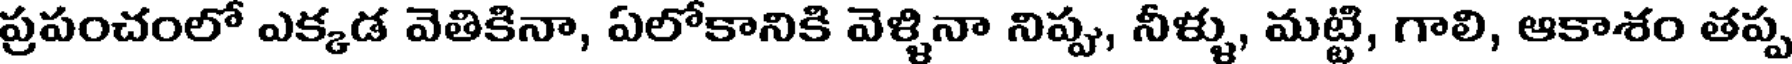
ప్రపంచంలో ఎక్కడ వెతికినా, ఏలోకానికి వెళ్ళినా నిప్పు, నీళ్ళు, మట్టి, గాలి, ఆకాశం తప్ప